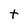
Character: t